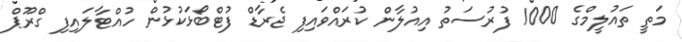
މަތީ ތައުލީމްގެ 1000 ފުރުސަތު އިއުލާން ކުރައްވައިފި ޖެެރާޑް ފުޓްބޯޅަކުޅުން ހުއްޓާލައިފި ގްރޫޕް